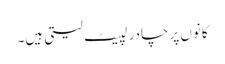
کانوں پر چادر لپیٹ لیتی ہیں۔